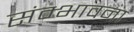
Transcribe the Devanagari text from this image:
संम्भावना